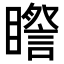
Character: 𥋯